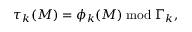
\tau _ { k } ( { \cal M } ) = \phi _ { k } ( { \cal M } ) \bmod \Gamma _ { k } \mathrm { , }